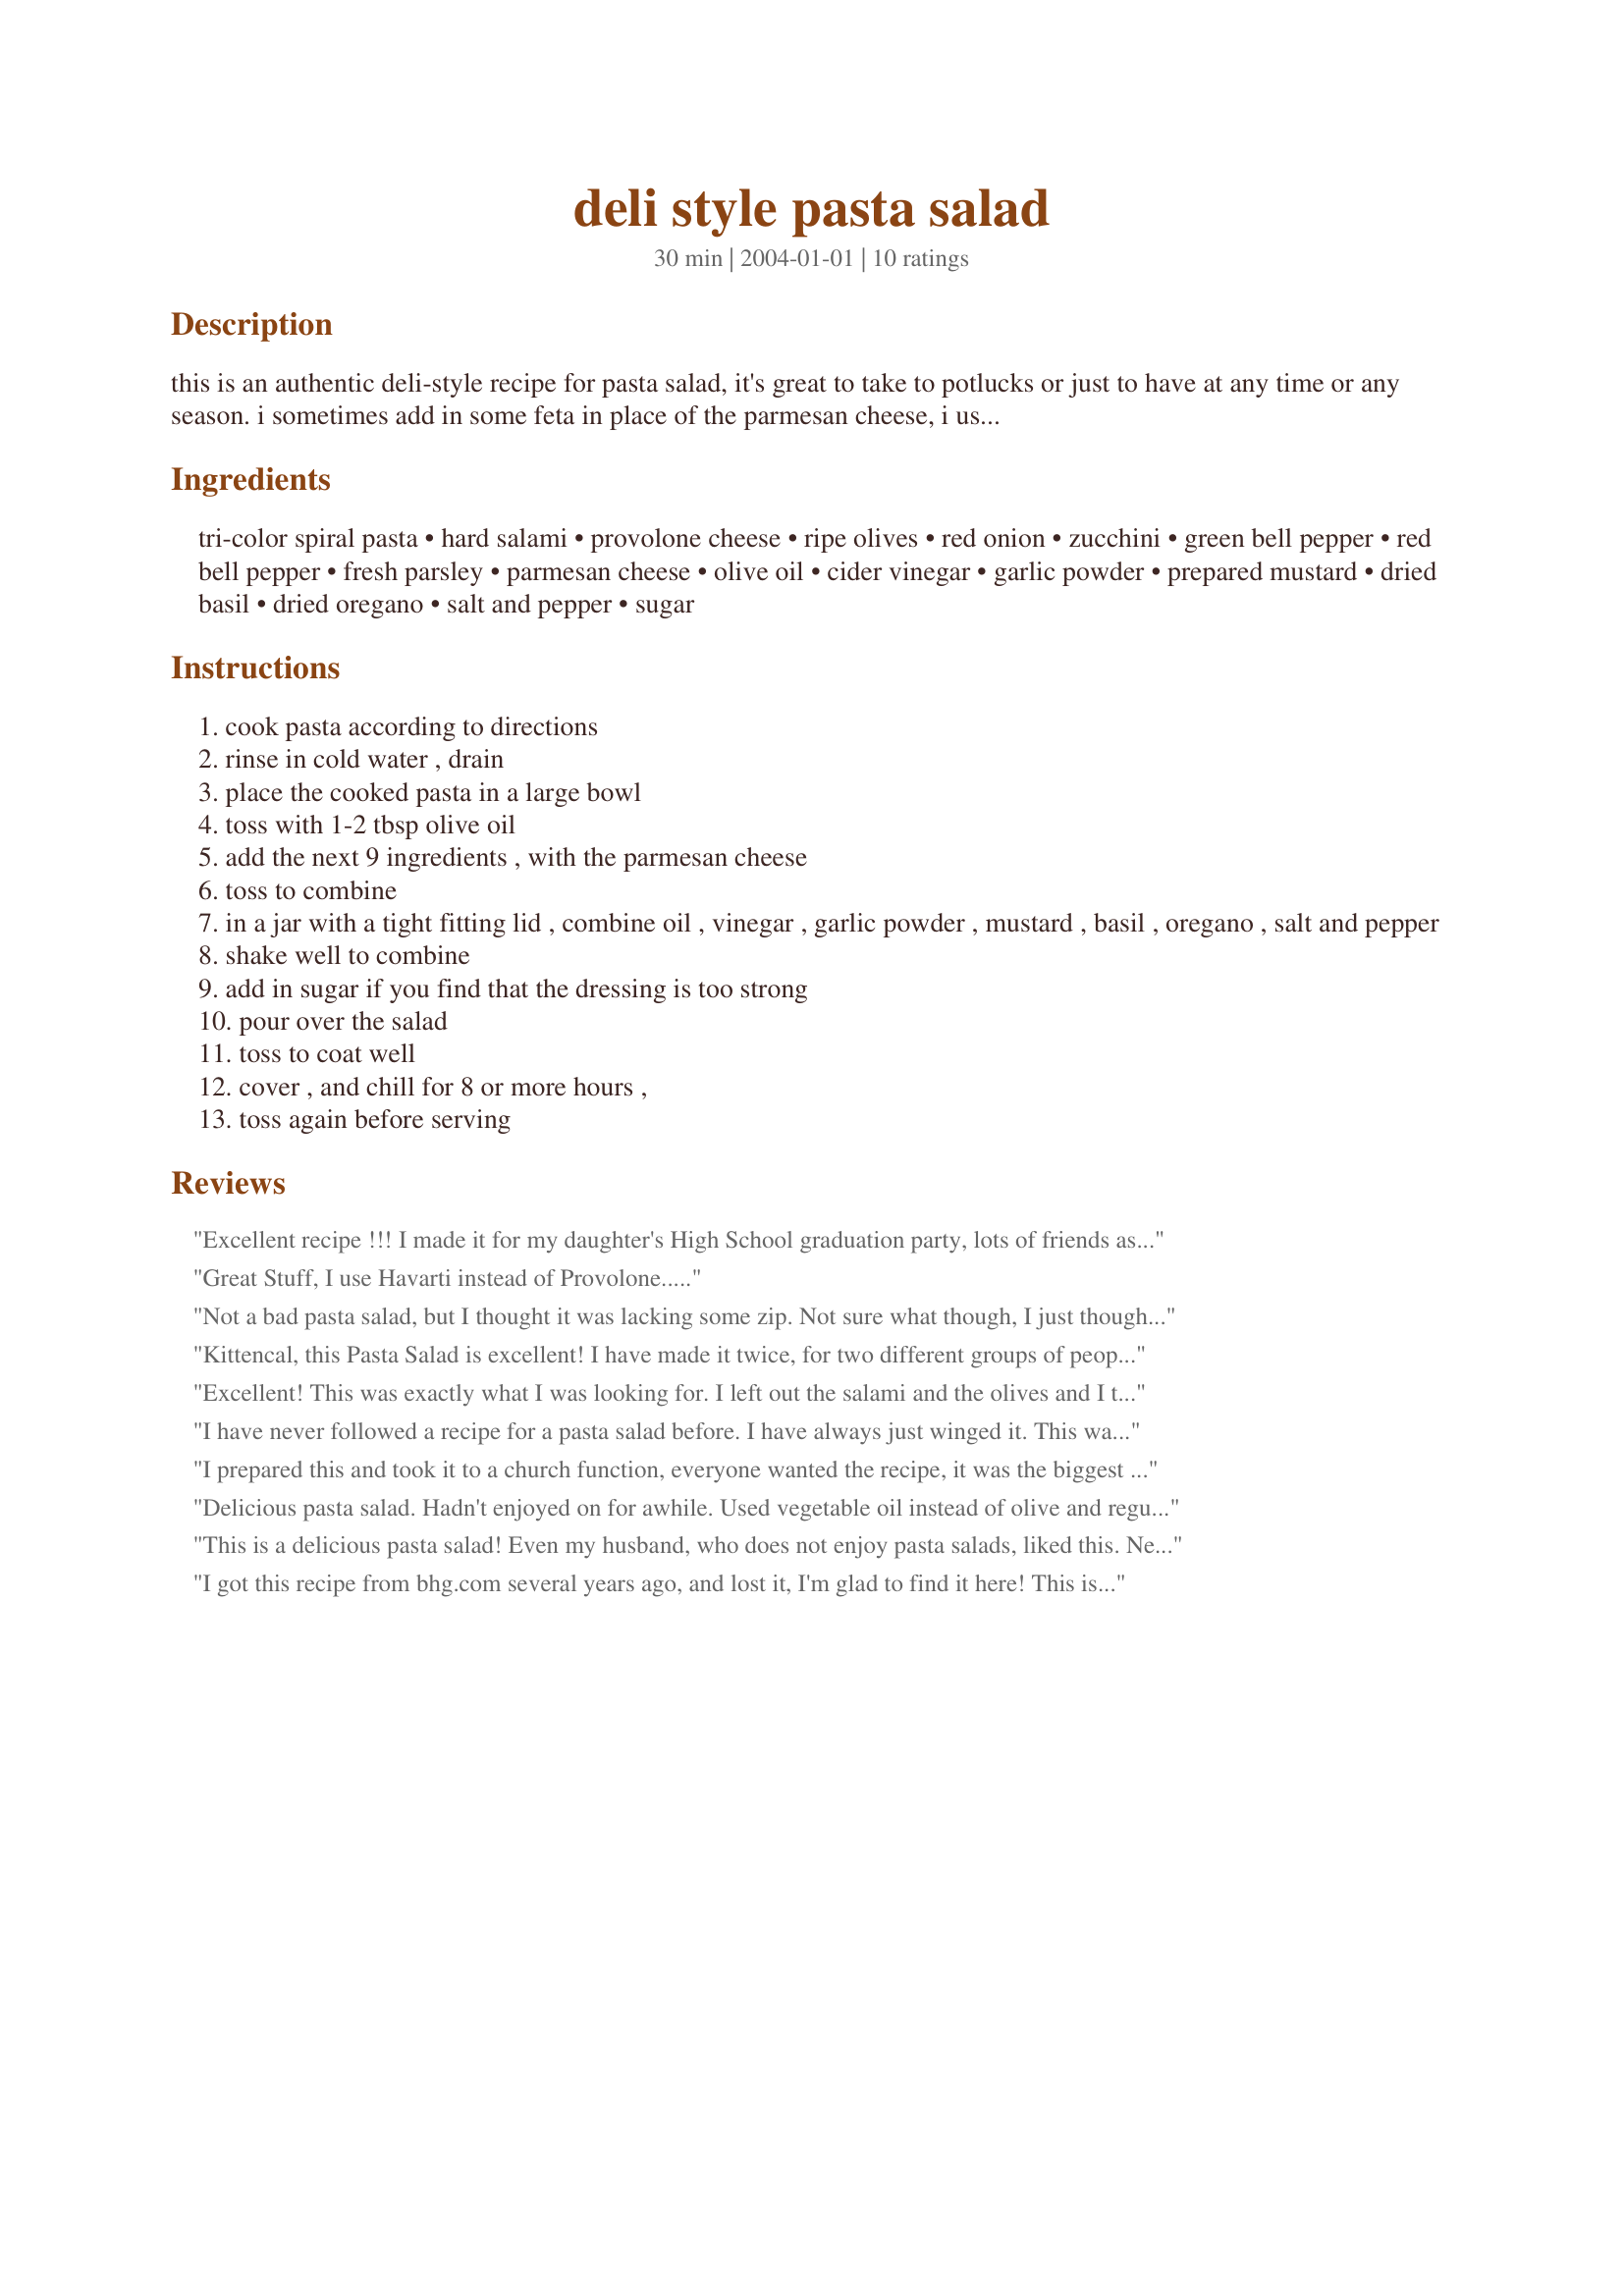
deli style pasta salad
Preparation time: 30 minutes

this is an authentic deli-style recipe for pasta salad, it's great to take to potlucks or just to have at any time or any season. i sometimes add in some feta in place of the parmesan cheese, i usually double up on the dressing ingredients, plan ahead this needs to chill for 8 hours or up to 24 hours --- please do not omit the salami that is what makes this salad!

Ingredients:
tri-color spiral pasta, hard salami, provolone cheese, ripe olives, red onion, zucchini, green bell pepper, red bell pepper, fresh parsley, parmesan cheese, olive oil, cider vinegar, garlic powder, prepared mustard, dried basil, dried oregano, salt and pepper, sugar

Steps:
cook pasta according to directions
rinse in cold water , drain
place the cooked pasta in a large bowl
toss with 1-2 tbsp olive oil
add the next 9 ingredients , with the parmesan cheese
toss to combine
in a jar with a tight fitting lid , combine oil , vinegar , garlic powder , mustard , basil , oregano , salt and pepper
shake well to combine
add in sugar if you find that the dressing is too strong
pour over the salad
toss to coat well
cover , and chill for 8 or more hours ,
toss again before serving

Reviews:
Excellent recipe !!! I made it for my daughter's High School graduation party, lots of friends asked for the recipe. Definitely a winner !!!! Thanks for posting it.
Great Stuff, I use Havarti instead of Provolone.....
Not a bad pasta salad, but I thought it was lacking some zip. Not sure what though, I just thought it was missing something and didn't have the tangy taste that pasta salad normal does. I did not double the sauce and am glad, otherwise it would have been a lot oilier than it already was. I followed the recipe exactly but omitted the onion and salami (vegetarian). I did add 2 tsp. of sugar to the sauce, which I thought helped to cut the olive oil flavor. I may make this again if I can figure out how to tweak the sauce to my taste. Any suggestions?
Kittencal, this Pasta Salad is excellent! I have made it twice, for two different groups of people, and everyone has loved it. My husband thought I bought it from the deli. Another person asked me what dressing I used. When I told her it was "from scratch", she was really impressed! I used fresh basil in the dressing and added the minced parsley to the dressing also. As noted, the marinating time is important for the flavors to blend. Thank you for sharing.
Excellent! This was exactly what I was looking for. I left out the salami and the olives and I thought it needed the sugar (which was optional). I can't stop eating it! Thanks for another great recipe!
I have never followed a recipe for a pasta salad before. I have always just winged it. This was so very very good. Thankyou Kittencal
I prepared this and took it to a church function, everyone wanted the recipe, it was the biggest hit! Another winning recipe, this is the best! thanks.
Delicious pasta salad. Hadn't enjoyed on for awhile. Used vegetable oil instead of olive and regular rotini. I especially loved the addition of zucchini. Thanks Kitten!

Roxygirl
This is a delicious pasta salad! Even my husband, who does not enjoy pasta salads, liked this. Next time I will double the dressing because it is a little drier than I'd like, but it still has great flavor. I will also cube the salami next time instead of slicing it.
I got this recipe from bhg.com several years ago, and lost it, I'm glad to find it here! This is an awesome pasta salad that I make all the time. Great for just a simple summer meal since it has the meat and cheese or as a side dish. Bring the recipe with you if you make for a potluck! People will ask you for it!
